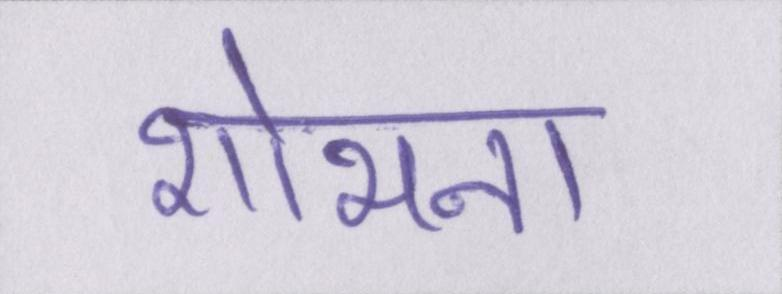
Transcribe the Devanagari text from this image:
शोभना